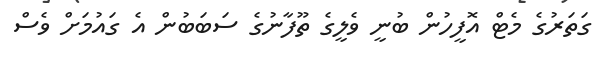
ގަތަރުގެ މެޓް އޮފީހުން ބުނީ ވެލީގެ ތޫފާނުގެ ސަބަބުން އެ ގައުމަށް ވެސް